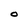
Character: O